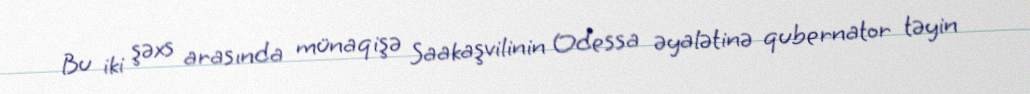
Bu iki şəxs arasında münaqişə Saakaşvilinin Odessa əyalətinə qubernator təyin